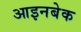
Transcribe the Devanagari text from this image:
आइनबेक